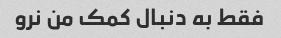
فقط به دنبال کمک من نرو